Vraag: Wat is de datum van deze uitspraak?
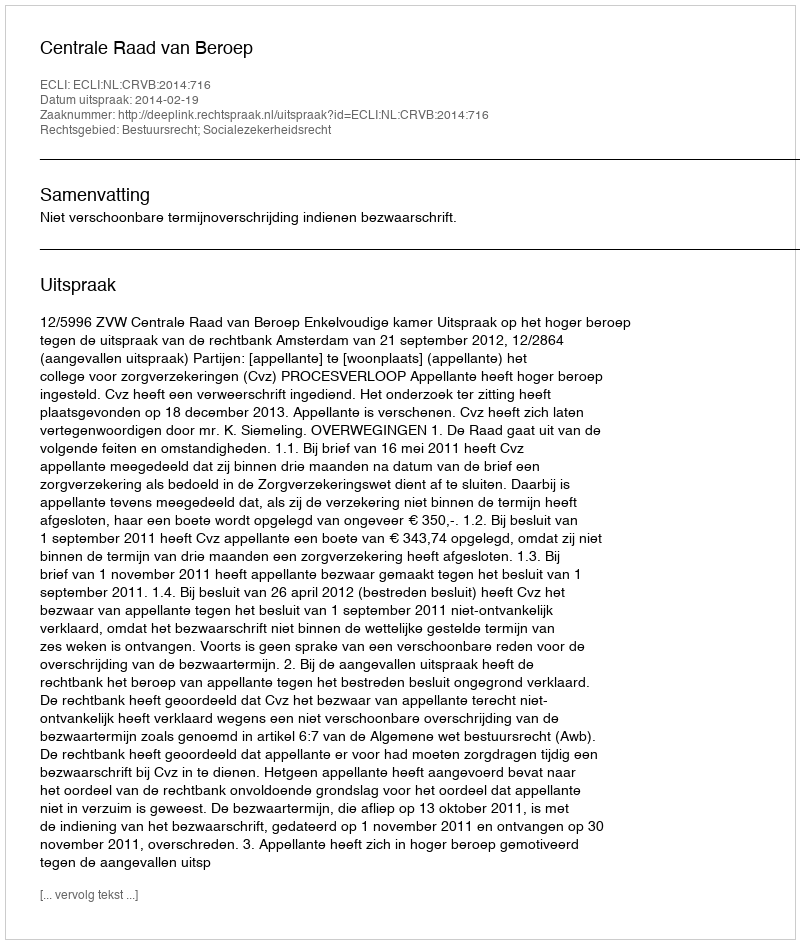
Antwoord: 2014-02-19